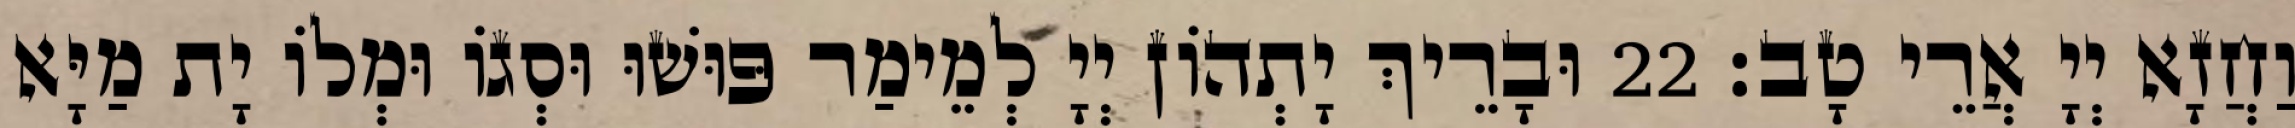
וַחֲזָא יְיָ אֲרֵי טָב׃ 22 וּבָרֵיךְ יָתְהוֹן יְיָ לְמֵימַר פּוּשׁוּ וּסְגוֹ וּמְלוֹ יָת מַיָּא